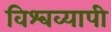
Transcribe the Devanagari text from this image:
विश्‍वव्‍यापी